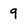
Character: 9